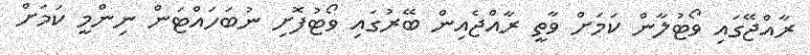
ރާއްޖޭގައި ވޯޓުލާން ކަމަށް ވާތީ ރާއްޖެއިން ބޭރުގައި ވޯޓުފޮށި ނުބަހައްޓަން ނިންމީ ކަމަށް